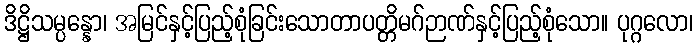
ဒိဋ္ဌိသမ္ပန္နော၊ အမြင်နှင့်ပြည့်စုံခြင်းသောတာပတ္တိမဂ်ဉာဏ်နှင့်ပြည့်စုံသော။ ပုဂ္ဂလော၊